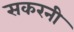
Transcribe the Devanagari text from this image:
सकरनी